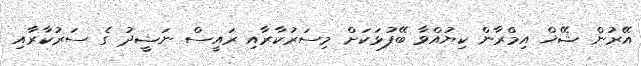
އޭރުން ޝޭޚް އިމްރާން ކިޔުއްވާ ބޭފުޅަކަށް މިސަރުކާރާއި ރައީސް ނަޝީދު ގެ ސަރުކާރާއި